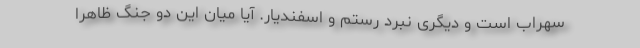
سهراب است و دیگری نبرد رستم و اسفندیار. آیا میان این دو جنگِ ظاهراً